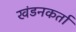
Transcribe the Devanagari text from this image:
खंडनकर्ता